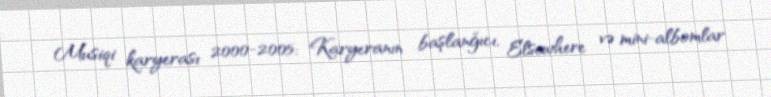
Musiqi karyerası 2000-2005: Karyeranın başlanğıcı, Elsewhere və mini-albomlar